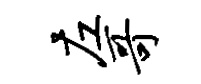
左哥